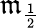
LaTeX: \mathfrak{m}_{\frac{{1}}{{2}}}